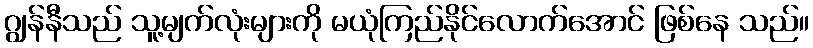
ဂျွန်နီသည် သူ့မျက်လုံးများကို မယုံကြည်နိုင်လောက်အောင် ဖြစ်နေ သည်။